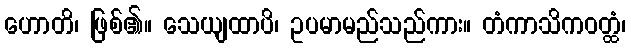
ဟောတိ၊ ဖြစ်၏။ သေယျထာပိ၊ ဥပမာမည်သည်ကား။ တံကာသိကဝတ္ထံ၊